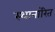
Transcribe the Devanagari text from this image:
स्थानांरित